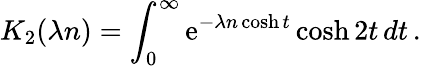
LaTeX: K_{2}(\lambda n)=\int_{0}^{\infty}\mathrm{e}^{-\lambda n\cosh t}\cosh 2t\, dt\, .